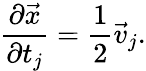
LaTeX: {\frac{\partial\vec{x}}{\partial t_{j}}}={\frac{1}{2}}\vec{v}_{j}.